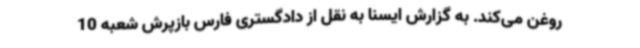
روغن می‌کند. به گزارش ایسنا به نقل از دادگستری فارس بازپرش شعبه 10